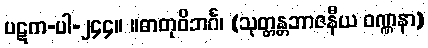
ပဋက-ပါ-၂၄၄။ ။ဓာတုဝိဘင်္ဂ၊ (သုတ္တန္တဘာဇနီယ ဝဏ္ဏနာ)